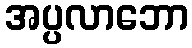
အပ္ပလာဘော